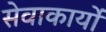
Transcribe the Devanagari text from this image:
सेवाकार्यो